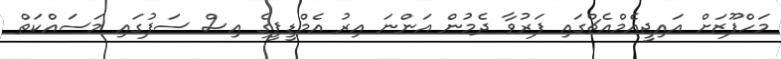
މަހްފޫޒަށް އައިޖީއެމްއެޗްގައި ފަރުވާ ދެމުން އަންނަ އިރު އެމްޑީޕީގެ އިސް ސަފުގައި މަސައްކަތް